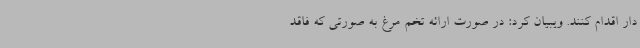
دار اقدام کنند. ویبیان کرد: در صورت ارائه تخم مرغ به صورتی که فاقد